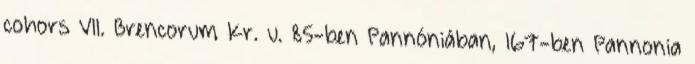
cohors VII. Brencorum Kr. u. 85-ben Pannóniában, 167-ben Pannonia